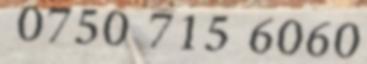
0750 715 6060